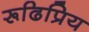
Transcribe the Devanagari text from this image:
रूढिप्रिय